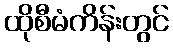
ထိုစီမံကိန်းတွင်